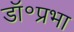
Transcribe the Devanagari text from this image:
डॉ॰प्रभा